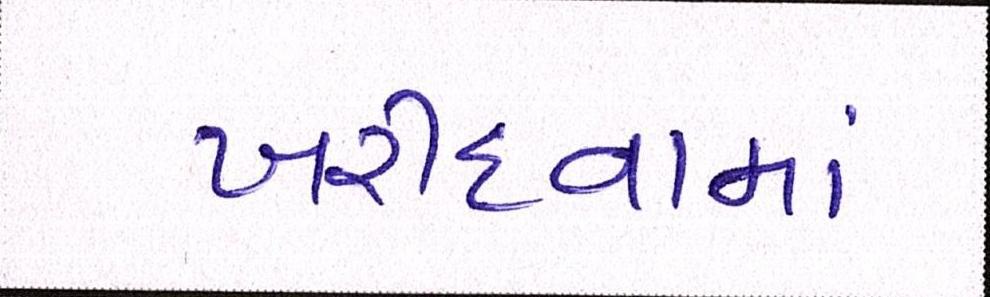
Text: ખરીદવામાં